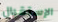
الإستقبال